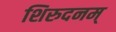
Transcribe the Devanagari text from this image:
शिरुदनम्